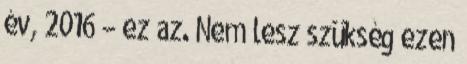
év, 2016 – ez az. Nem lesz szükség ezen